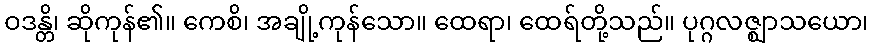
ဝဒန္တိ၊ ဆိုကုန်၏။ ကေစိ၊ အချို့ကုန်သော။ ထေရာ၊ ထေရ်တို့သည်။ ပုဂ္ဂလဇ္ဈာသယော၊